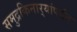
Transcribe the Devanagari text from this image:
समुद्रकिनार्‍यांपर्यंत